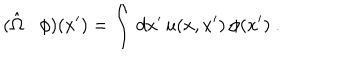
( \hat { \Omega } : \phi ) ( x ^ { \prime } ) = \int \, d x ^ { \prime } \, u ( x , x ^ { \prime } ) \, \phi ( x ^ { \prime } ) ~ .